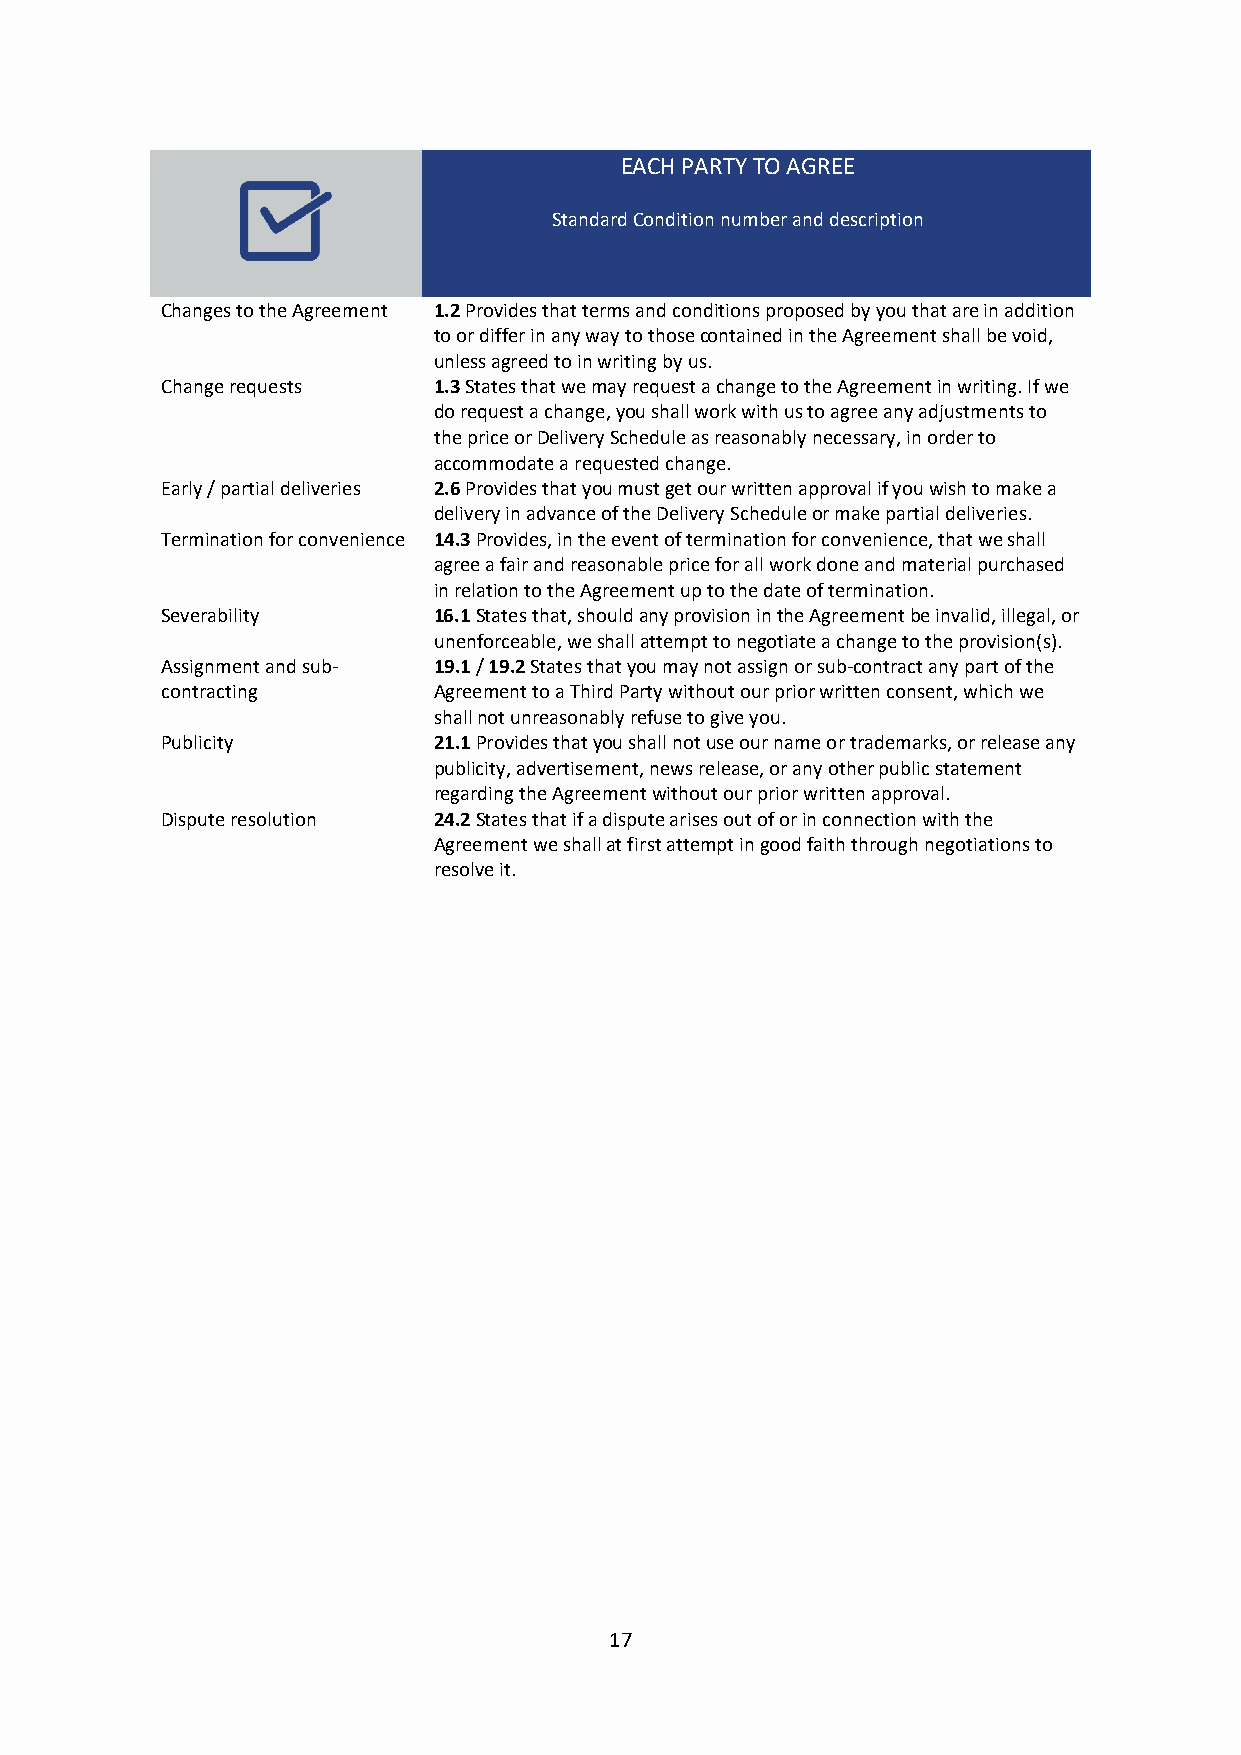
EACH PARTY TO AGREE
 Standard Condition number and description
 Changes to the Agreement 1.2 Provides that terms and conditions proposed by you that are in addition
 to or differ in any way to those contained in the Agreement shall be void,
 unless agreed to in writing by us.
 Change requests   1.3 States that we may request a change to the Agreement in writing. If we
 do request a change, you shall work with us to agree any adjustments to
 the price or Delivery Schedule as reasonably necessary, in order to
 accommodate a requested change.
 Early / partial deliveries 2.6 Provides that you must get our written approval if you wish to make a
 delivery in advance of the Delivery Schedule or make partial deliveries.
 Termination for convenience 14.3 Provides, in the event of termination for convenience, that we shall
 agree a fair and reasonable price for all work done and material purchased
 in relation to the Agreement up to the date of termination.
 Severability      16.1 States that, should any provision in the Agreement be invalid, illegal, or
 unenforceable, we shall attempt to negotiate a change to the provision(s).
 Assignment and sub- 19.1 / 19.2 States that you may not assign or sub-contract any part of the
 contracting       Agreement to a Third Party without our prior written consent, which we
 shall not unreasonably refuse to give you.
 Publicity         21.1 Provides that you shall not use our name or trademarks, or release any
 publicity, advertisement, news release, or any other public statement
 regarding the Agreement without our prior written approval.
 Dispute resolution 24.2 States that if a dispute arises out of or in connection with the
 Agreement we shall at first attempt in good faith through negotiations to
 resolve it.
 17